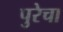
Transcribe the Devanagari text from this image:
पुरेचा